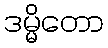
ဒမ္မိတော